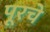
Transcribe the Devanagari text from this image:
पूरचे